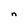
Character: n